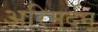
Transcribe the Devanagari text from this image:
अरिमर्दन